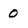
Character: 0